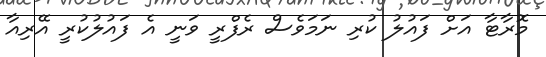
މޮރާޓާ އަށް ފައުލު ކުރި ނަމަވެސް ރެެފްރީ ވަނީ އެ ފައުލުކުރީ އޭރިއާ